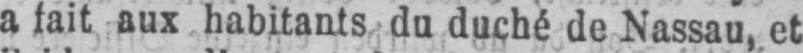
a fait aux habitants du duché de Nassau, et